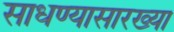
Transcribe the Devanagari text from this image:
साधण्यासारख्या